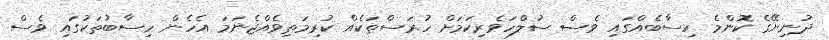
ދުނިޔޭގެ ކޮންމެ ހިސާބެއްގައި ވެސް ސުލްހަވެރިކަމަށް ހުރަސްތަކެއް ކުރިމަތިވެއްޖެނަމަ އެހެން ހިސާބުތަކުގައި ވެސް